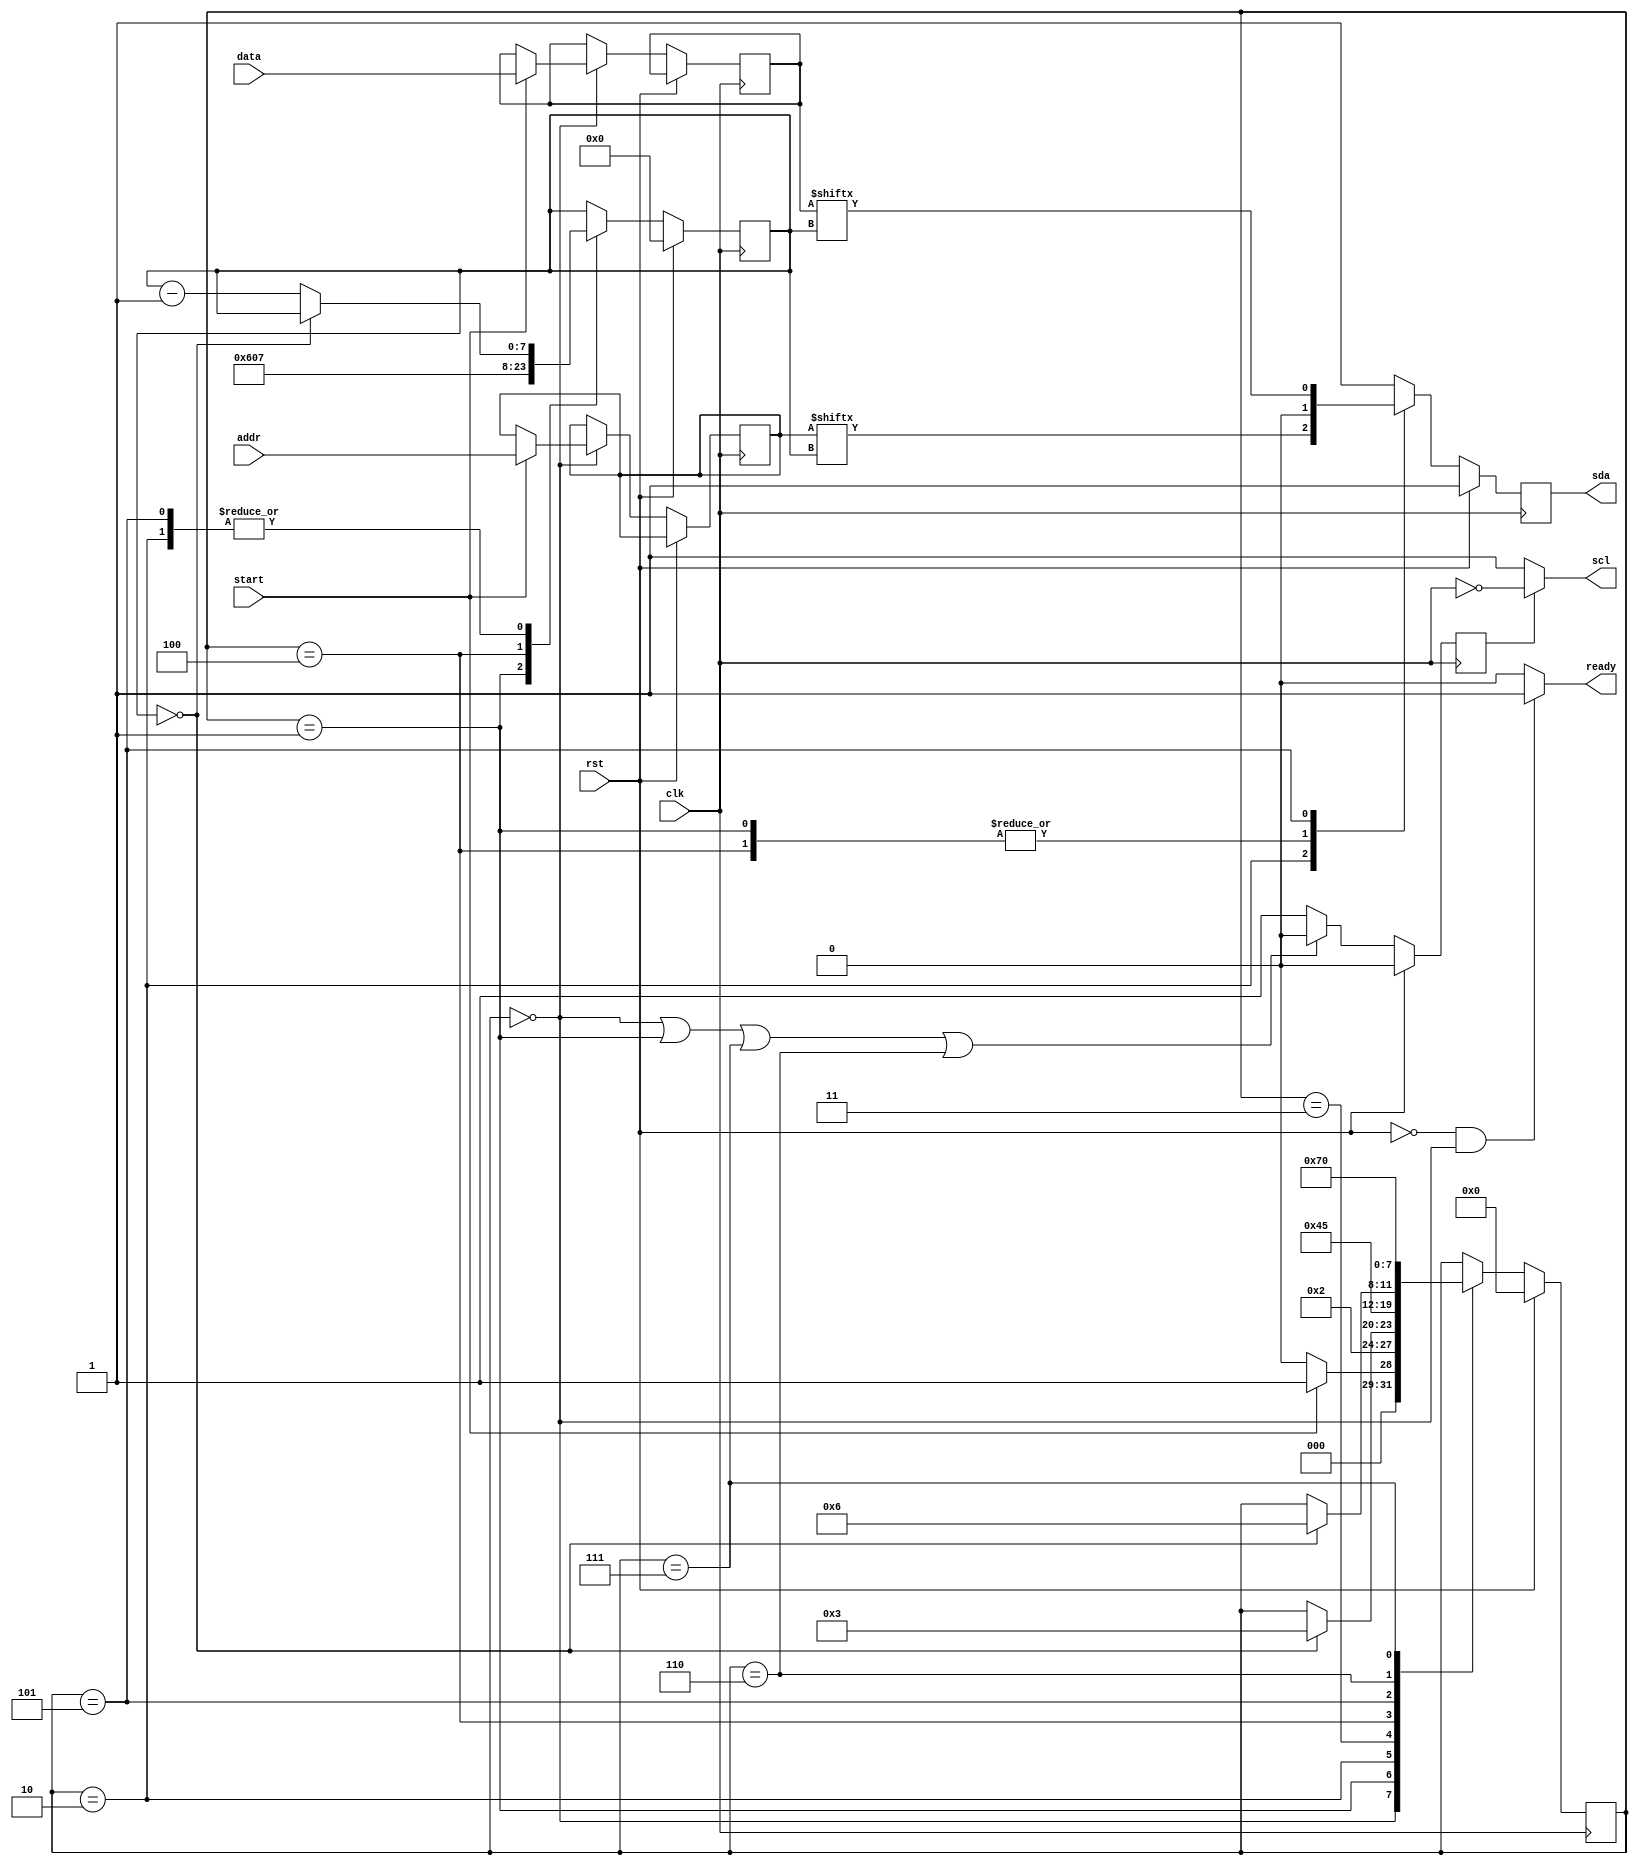
`default_nettype none

module step_2(clk,addr,data,start,ready,rst,sda,scl);
	
	input	wire clk,rst;
	input	wire [6:0]addr;
	input	wire [7:0]data;
	input	wire start;
	output	wire scl;
	output	reg  sda;
	output	wire ready;
	
	localparam  idle         = 0,
				start_state  = 1,
				addr_state   = 2,
				rw           = 3,
				wack         = 4,
				data_state   = 5,
				wack_2       = 6,
				stop         = 7;
	
	reg [3:0] 	state;
	reg [6:0]	addr_reg;
	reg [7:0]	count;
	reg [7:0]	data_reg;
	reg 		scl_en = 0;
	
	assign scl   = (scl_en == 0) ? 1 : !clk;
	assign ready = ((rst == 0)&&(state == idle)) ? 1 : 0; 
	
	always@(negedge clk)
	begin : SCL_CLK
		if (rst == 1) begin
			//scl <= 1;
			//sda <= 1;
			scl_en <= 0;
		end else 
			begin
				if((state == idle) || (state == start_state) || (state == stop) || (state == wack_2)) begin
				//scl <= 1;
				//sda <= 1;
				scl_en <= 0;
				end
			else begin
				scl_en <= 1;
				end
			end
		end
		
		
	always@(posedge clk)
		begin:SEQ_OUT_LOGIC
		if(rst == 1) begin
			state <= idle;
			sda   <= 1;
			//scl   <= 1;
			//addr  <= 8'h1a;
			count <= 0;
			//data  <= 8'b01010101;
			end
			
		else begin
			sda   <= 1;
			case(state)
			
			idle:begin
				sda   <= 1;
				if(start) begin
					state    <= start_state;
					addr_reg <= addr;
					data_reg <= data;
				  end
					else state <= idle;
				end
			start_state:begin
				sda   <= 0;
				state <= addr_state;
				count <= 6;
				end
			addr_state:begin
				sda <= addr_reg[count];
				if(count == 0)
				state <= rw;
				else
				count <= count - 1;
				//sda <= 0;
				end
			rw:begin
				sda   <= 1;
				state <= wack;
				end
			wack:begin
				state <= data_state;
				sda <= 0;
				count <= 7;
				end
			data_state:begin
				sda <= data_reg[count];
				if(count == 0)
				state <= wack_2;
				else
				count <= count - 1;
				end
			wack_2:begin
				state <= stop;
				sda   <= 1;
				end
			stop:begin
				sda   <= 1;
				state <= idle;
				end
			endcase
		end
	end
endmodule